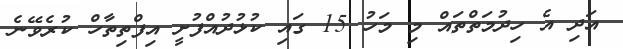
އަދި އެ ހިދުމަތްތައް މި މަހު 15 ގައި ކުޅުދުއްފުށީ އިފްތިތާހް ކުރެވޭނެ